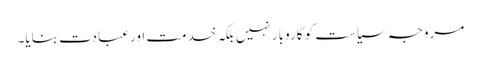
مروجہ سیاست کو کاروبار نہیں بلکہ خدمت اور عبادت بنایا۔